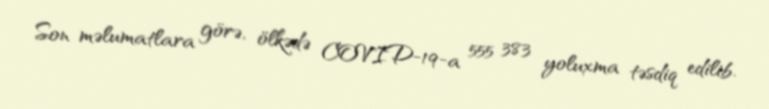
Son məlumatlara görə, ölkədə COVID-19-a 555 383 yoluxma təsdiq edilib.